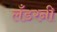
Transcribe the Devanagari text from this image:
लँडरनी